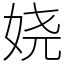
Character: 娆